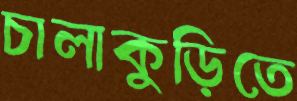
চালাকুড়িতে